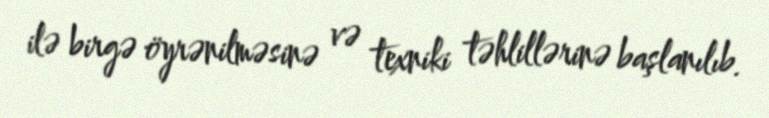
ilə birgə öyrənilməsinə və texniki təhlillərinə başlanılıb.